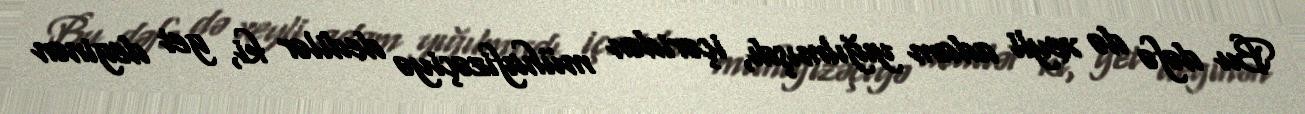
Bu dəfə də xeyli adam yığılmışdı, içəridən mühafizəçiyə dedilər ki, get deginən